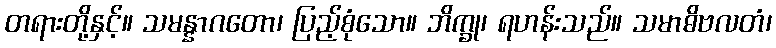
တရားတို့နှင့်။ သမန္နာဂတော၊ ပြည့်စုံသော။ ဘိက္ခု၊ ရဟန်းသည်။ သမာဓိဗလတံ၊